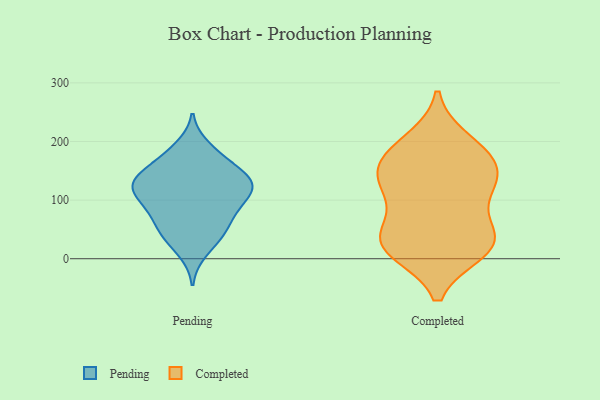
{"axis": {"x": "Latency (ms)", "y": "Value"}, "legend": ["Completed", "Pending"], "data": [{"x": "", "y": 113, "type": "Pending"}, {"x": "", "y": 172, "type": "Pending"}, {"x": "", "y": 123, "type": "Pending"}, {"x": "", "y": 96, "type": "Pending"}, {"x": "", "y": 42, "type": "Pending"}, {"x": "", "y": 134, "type": "Pending"}, {"x": "", "y": 101, "type": "Pending"}, {"x": "", "y": 145, "type": "Pending"}, {"x": "", "y": 79, "type": "Pending"}, {"x": "", "y": 12, "type": "Pending"}, {"x": "", "y": 126, "type": "Pending"}, {"x": "", "y": 88, "type": "Pending"}, {"x": "", "y": 139, "type": "Pending"}, {"x": "", "y": 37, "type": "Pending"}, {"x": "", "y": 127, "type": "Pending"}, {"x": "", "y": 60, "type": "Pending"}, {"x": "", "y": 190, "type": "Pending"}, {"x": "", "y": 52, "type": "Pending"}, {"x": "", "y": 173, "type": "Pending"}, {"x": "", "y": 134, "type": "Pending"}, {"x": "", "y": 14, "type": "Completed"}, {"x": "", "y": 121, "type": "Completed"}, {"x": "", "y": 32, "type": "Completed"}, {"x": "", "y": 116, "type": "Completed"}, {"x": "", "y": 40, "type": "Completed"}, {"x": "", "y": 43, "type": "Completed"}, {"x": "", "y": 144, "type": "Completed"}, {"x": "", "y": 119, "type": "Completed"}, {"x": "", "y": 161, "type": "Completed"}, {"x": "", "y": 22, "type": "Completed"}, {"x": "", "y": 200, "type": "Completed"}, {"x": "", "y": 182, "type": "Completed"}, {"x": "", "y": 172, "type": "Completed"}, {"x": "", "y": 18, "type": "Completed"}]}